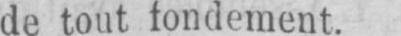
de tout fondement.